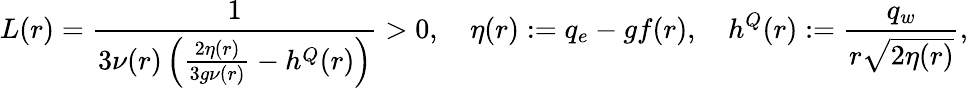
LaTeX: L(r)=\frac{1}{3\nu(r)\left(\frac{2\eta(r)}{3g\nu(r)}-h^{Q}(r)\right)}>0,\quad\eta(r):=q_{e}-gf(r),\quad h^{Q}(r):=\frac{q_{w}}{r\sqrt{2\eta(r)}},